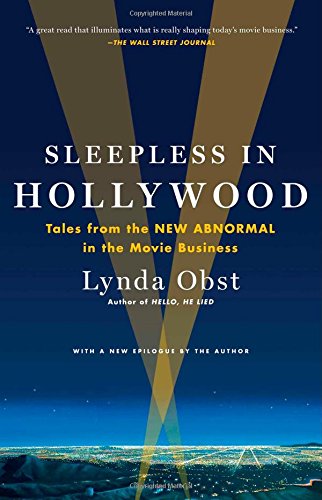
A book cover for Sleepless in Hollywood: Tales from the New Abnormal in the Movie Business; Lynda Obst; Humor & Entertainment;